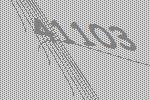
41103